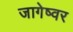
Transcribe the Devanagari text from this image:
जागेष्वर